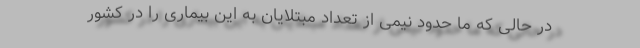
در حالی که ما حدود نیمی از تعداد مبتلایان به این بیماری را در کشور